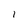
Character: 1